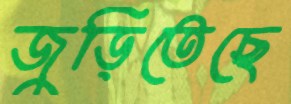
জুড়িতেছে